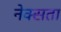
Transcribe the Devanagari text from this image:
नेक्सता